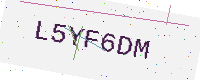
Text: L5YF6DM